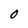
Character: O